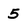
Character: 5